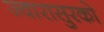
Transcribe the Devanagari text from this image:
ज्वारासुरकाे